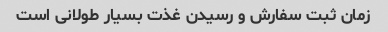
زمان ثبت سفارش و رسیدن غذت بسیار طولانی است